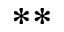
^ { * * }